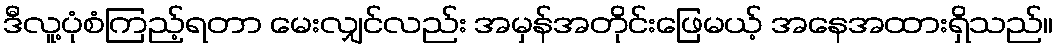
ဒီလူ့ပုံစံကြည့်ရတာ မေးလျှင်လည်း အမှန်အတိုင်းဖြေမယ့် အနေအထားရှိသည်။